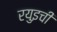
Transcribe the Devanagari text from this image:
रयुइची